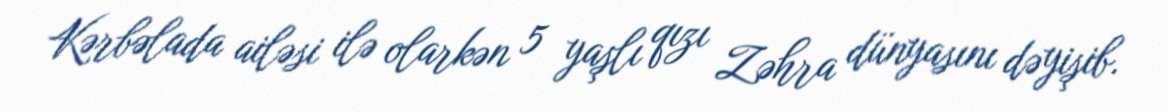
Kərbəlada ailəsi ilə olarkən 5 yaşlı qızı Zəhra dünyasını dəyişib.